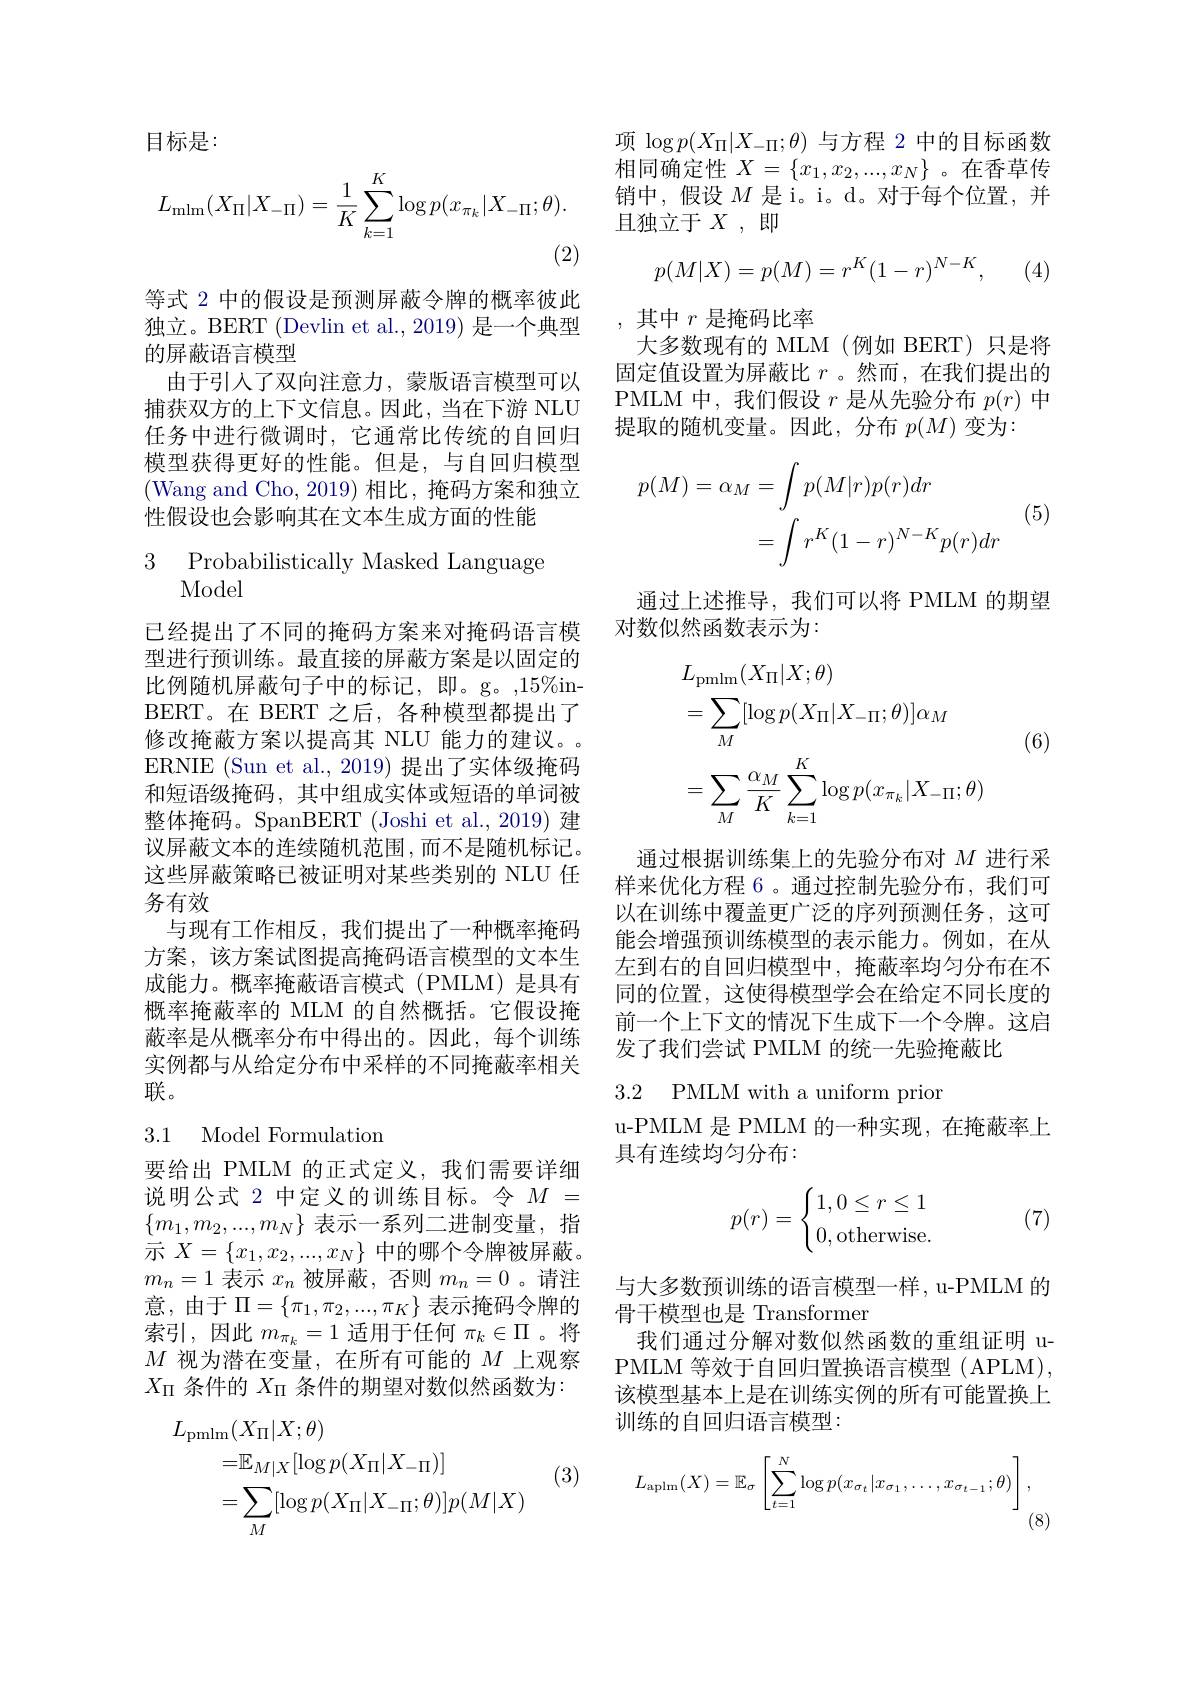
目标是：
$$L_{\mathrm{mlm}}(X_{\Pi}|X_{-\Pi})=\frac{1}{K}\sum_{k=1}^{K}\log p(x_{\pi_{k}}|X_{-\Pi};\theta).$$
等式 2 中的假设是预测屏蔽令牌的概率彼此独立。BERT (Devlin et al., 2019) 是一个典型的屏蔽语言模型
由于引入了双向注意力，蒙版语言模型可以捕获双方的上下文信息。因此，当在下游 NLU 任务中进行微调时，它通常比传统的自回归模型获得更好的性能。但是，与自回归模型(Wang and Cho, 2019)相比，掩码方案和独立性假设也会影响其在文本生成方面的性能

3 Probabilistically Masked Language
Model

已经提出了不同的掩码方案来对掩码语言模型进行预训练。最直接的屏蔽方案是以固定的比例随机屏蔽句子中的标记，即。g。,15%inBERT。在 BERT 之后，各种模型都提出了修改掩蔽方案以提高其 NLU 能力的建议。ERNIE (Sun et al., 2019) 提出了实体级掩码和短语级掩码，其中组成实体或短语的单词被整体掩码。SpanBERT (Joshi et al., 2019) 建议屏蔽文本的连续随机范围，而不是随机标记。这些屏蔽策略已被证明对某些类别的 NLU 任务有效
与现有工作相反，我们提出了一种概率掩码方案，该方案试图提高掩码语言模型的文本生成能力。概率掩蔽语言模式(PMLM)是具有概率掩蔽率的 MLM 的自然概括。它假设掩蔽率是从概率分布中得出的。因此，每个训练实例都与从给定分布中采样的不同掩蔽率相关联。

### 3.1 Model Formulation

要给出 PMLM 的正式定义，我们需要详细说明公式 2 中定义的训练目标。令$M=$ $\{m_1,m_2,...,m_N\}$表示一系列二进制变量，指示$X=\{x_1,x_2,...,x_N\}$中的哪个令牌被屏蔽。$m_n=1$表示$x_n$被屏蔽，否则$m_n=0$。请注意，由于$\Pi=\left\{\pi_1,\pi_2,...,\pi_K\right\}$表示掩码令牌的索引，因此$m_{\pi_k}=1$适用于任何$\pi_k\in\Pi$。将$M$视为潜在变量，在所有可能的$M$上观察$X_\mathrm{\Pi}$条件的$X_\mathrm{\Pi}$条件的期望对数似然函数为：
$$\begin{aligned}L_{\mathrm{pmlm}}(X_{\Pi}|X;\theta)\\&=\mathbb{E}_{M|X}[\log p(X_{\Pi}|X_{-\Pi})]\\&=\sum_{M}[\log p(X_{\Pi}|X_{-\Pi};\theta)]p(M|X)\end{aligned}$$
(3)

项$\log p(X_\Pi|X_{-\Pi};\theta)$与方程 2 中的目标函数相同确定性$X=\{x_1,x_2,...,x_N\}$ 。在香草传销中，假设$M$ 是 i。i。d。对于每个位置，并且独立于$X$,即
$$p(M|X)=p(M)=r^K(1-r)^{N-K},$$
 , (4)

其中$r$是掩码比率
大多数现有的 MLM (例如 BERT) 只是将固定值设置为屏蔽比$r$ 。然而，在我们提出的PMLM 中，我们假设$r$是从先验分布$p(r)$中提取的随机变量。因此，分布$p(M)$变为：
$$\begin{aligned}p(M)=\alpha_{M}&=\int p(M|r)p(r)dr\\&=\int r^{K}(1-r)^{N-K}p(r)dr\end{aligned}$$
(5)

通过上述推导，我们可以将 PMLM 的期望
对数似然函数表示为：

(6)
$$\begin{aligned}&L_{\mathrm{pmlm}}(X_{\Pi}|X;\theta)\\&=\sum_{M}[\log p(X_{\Pi}|X_{-\Pi};\theta)]\alpha_{M}\\&=\sum_{M}\frac{\alpha_{M}}{K}\sum_{k=1}^{K}\log p(x_{\pi_{k}}|X_{-\Pi};\theta)\end{aligned}$$
通过根据训练集上的先验分布对$M$进行采样来优化方程 6。通过控制先验分布，我们可以在训练中覆盖更广泛的序列预测任务，这可能会增强预训练模型的表示能力。例如，在从左到右的自回归模型中，掩蔽率均匀分布在不同的位置，这使得模型学会在给定不同长度的前一个上下文的情况下生成下一个令牌。这启发了我们尝试 PMLM 的统一先验掩蔽比

3.2 PMLM with a uniform prior

u-PMLM 是 PMLM 的一种实现，在掩蔽率上
具有连续均匀分布：
$$p(r)=\begin{cases}1,0\leq r\leq1\\0,\mathrm{otherwise}.\end{cases}$$
(7)

与大多数预训练的语言模型一样，u-PMLM 的
骨干模型也是 Transformer
我们通过分解对数似然函数的重组证明 uPMLM 等效于自回归置换语言模型 (APLM), 该模型基本上是在训练实例的所有可能置换上训练的自回归语言模型：
$$L_{\mathrm{aplm}}(X)=\mathbb{E}_{\sigma}\left[\sum_{t=1}^{N}\log p(x_{\sigma_{t}}|x_{\sigma_{1}},\ldots,x_{\sigma_{t-1}};\theta)\right],$$
(8)